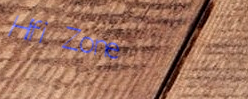
Hifi Zone